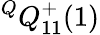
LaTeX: ^QQ_{11}^{+}(1)